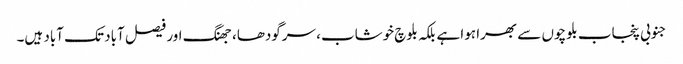
جنوبی پنجاب بلوچوں سے بھرا ہوا ہے بلکہ بلوچ خوشاب، سرگودھا، جھنگ اور فیصل آباد تک آباد ہیں۔